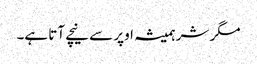
مگر شر ہمیشہ اوپر سے نیچے آتا ہے۔